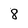
Character: 8